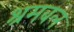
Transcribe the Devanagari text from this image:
श्रमबल